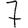
Digit: 7